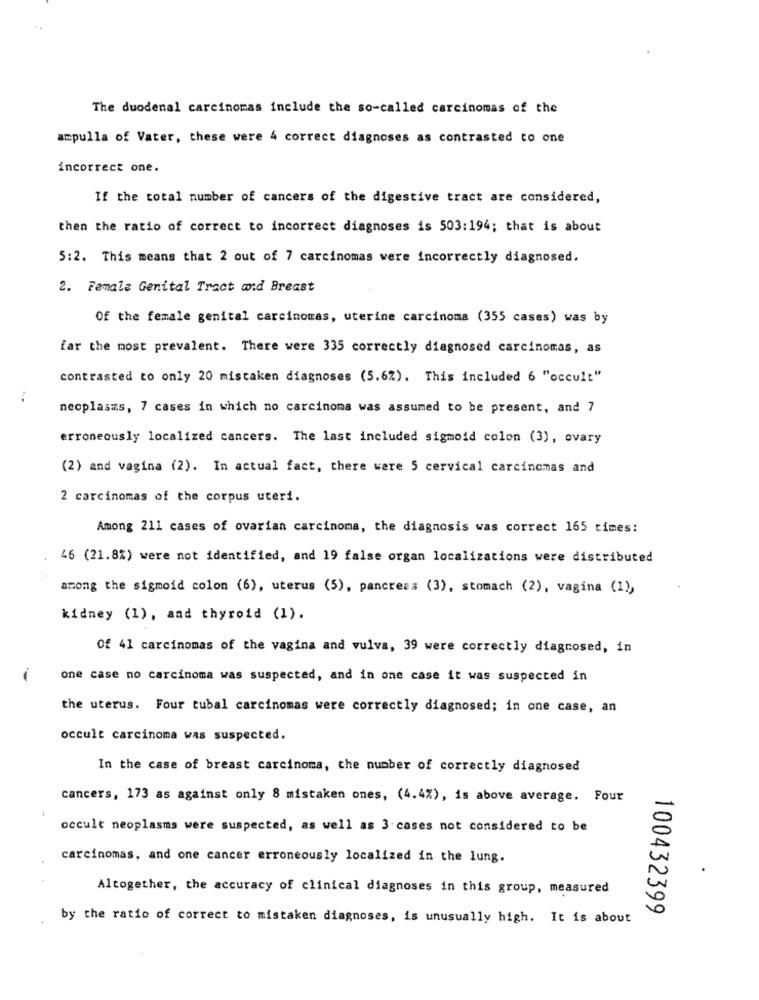
The duodenal carcinomas include the so-called carcinomas of the
ampulla of Vater, these were 4 correct diagnoses as contrasted to one
incorrect one.
If the total number of cancers of the digestive tract are considered,
then the ratio of correct to incorrect diagnoses is 503:194; that is about
5:2. This means that 2 out of 7 carcinomas were incorrectly diagnosed.
2. Female Genital Tract and Breast
Of the female genital carcinomas, uterine carcinoma (355 cases) was by
far the most prevalent. There were 335 correctly diagnosed carcinomas, as
contrasted to only 20 mistaken diagnoses (5.6%). This included 6 "occult"
neoplasms, 7 cases in which no carcinoma was assumed to be present, and 7
erroneously localized cancers. The last included sigmoid colon (3), ovary
(2) and vagina (2). In actual fact, there were 5 cervical carcinomas and
2 carcinomas of the corpus uteri.
Among 211 cases of ovarian carcinoma, the diagnosis was correct 165 times:
46 (21.8%) were not identified, and 19 false organ localizations were distributed
among the sigmoid colon (6), uterus (5), pancreas (3), stomach (2), vagina (1),
kidney (1), and thyroid (1).
Of 41 carcinomas of the vagina and vulva, 39 were correctly diagnosed, in
one case no carcinoma was suspected, and in one case it was suspected in
the uterus. Four tubal carcinomas were correctly diagnosed; in one case, an
occult carcinoma was suspected.
In the case of breast carcinoma, the number of correctly diagnosed
cancers, 173 as against only 8 mistaken ones, (4.4%), is above average. Four
occult neoplasms were suspected, as well as 3 cases not considered to be
carcinomas, and one cancer erroneously localized in the lung.
Altogether, the accuracy of clinical diagnoses in this group, measured
by the ratio of correct to mistaken diagnoses, is unusually high. It is about
100432399